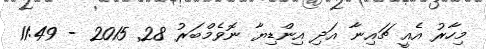
މިހާރު އެއީ ޗައިނާ އަދި އިންޑިޔާ ނޮވެމްބަރު 28